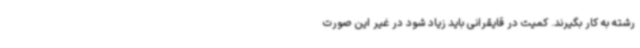
رشته به کار بگیرند. کمیت در قایقرانی باید زیاد شود در غیر این صورت